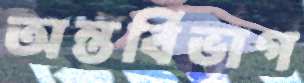
অন্তর্বিভাগ